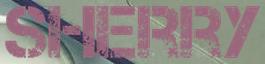
SHERRY